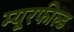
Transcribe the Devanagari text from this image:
म्यूरफील्ड